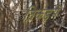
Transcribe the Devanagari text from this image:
तिकड़में